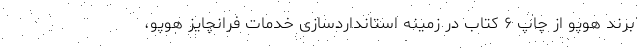
برند هوپو از چاپ ۶ کتاب در زمینه استانداردسازی خدمات فرانچایز هوپو،